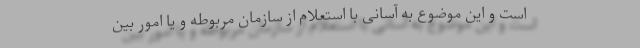
است و این موضوع به آسانی با استعلام از سازمان مربوطه و یا امور بین